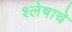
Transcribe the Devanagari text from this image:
श्लेषाचे